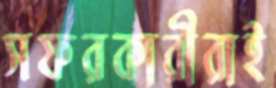
সফরকারীরাই